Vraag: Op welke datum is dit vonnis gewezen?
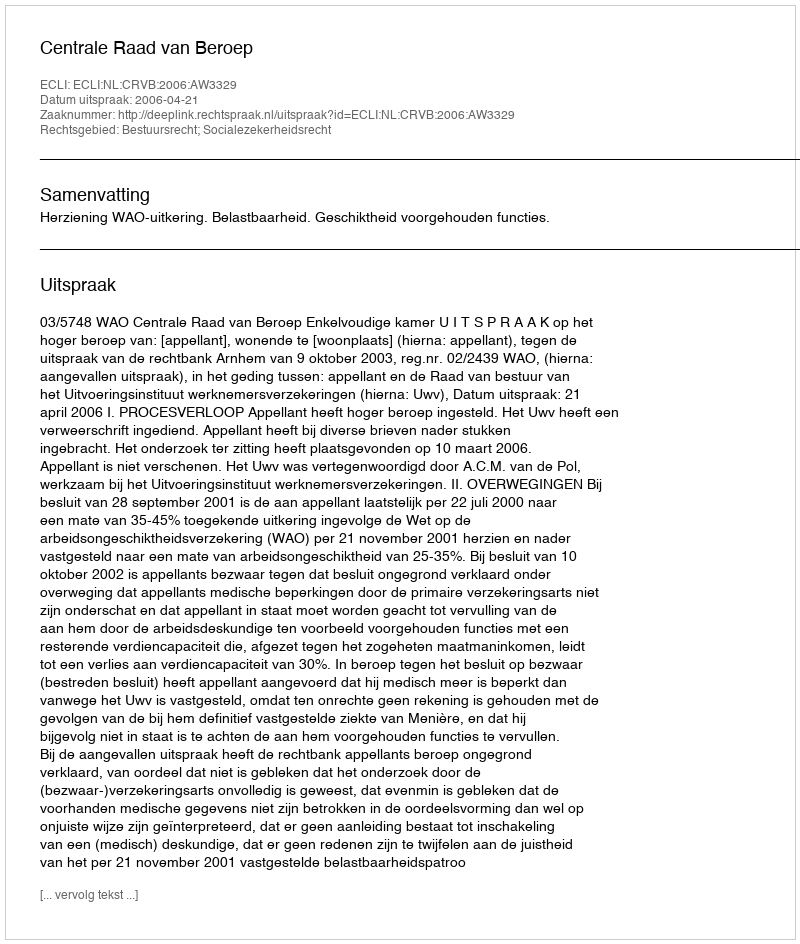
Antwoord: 2006-04-21